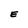
Character: E